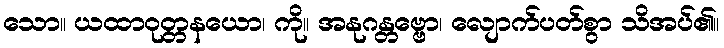
သော။ ယထာဝုတ္တနယော၊ ကို။ အနုဂန္တဗ္ဗော၊ လျောက်ပတ်စွာ သိအပ်၏။